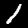
Digit: 1